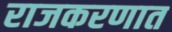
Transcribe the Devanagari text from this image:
राजकरणात